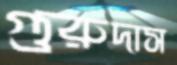
গুরুদাস